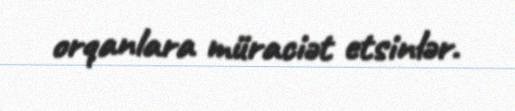
orqanlara müraciət etsinlər.